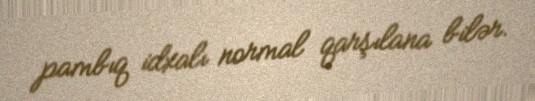
pambıq idxalı normal qarşılana bilər.